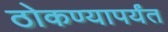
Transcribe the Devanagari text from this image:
ठोकण्यापर्यंत